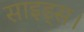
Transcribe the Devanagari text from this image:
साइड्स।